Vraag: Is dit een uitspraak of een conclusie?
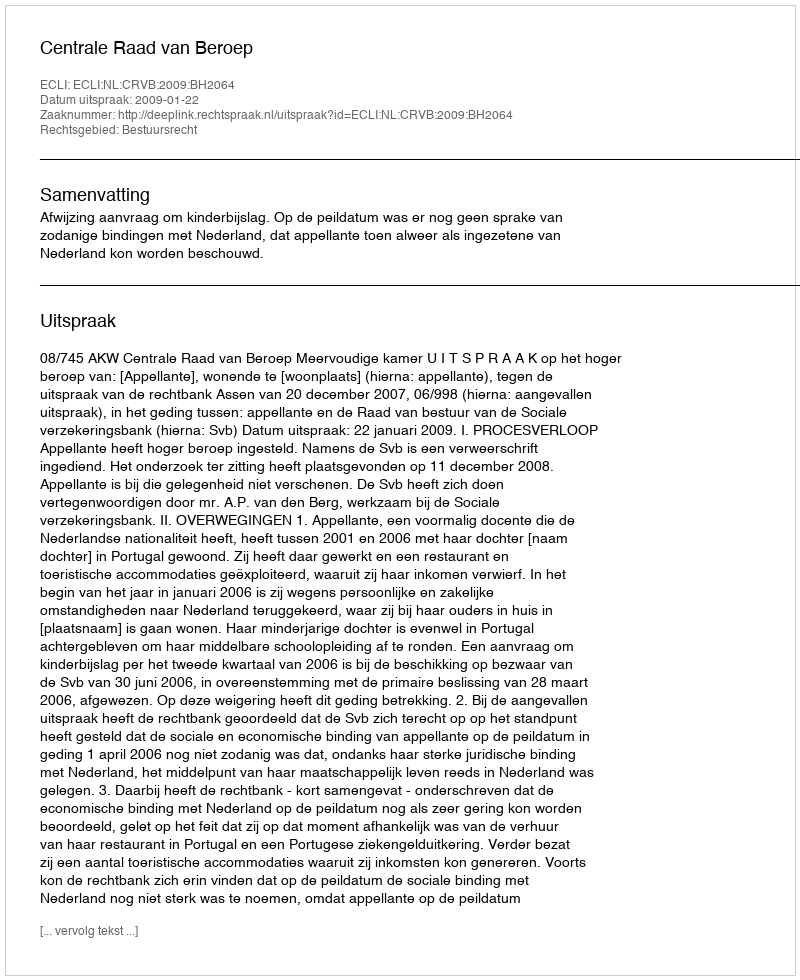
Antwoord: Uitspraak